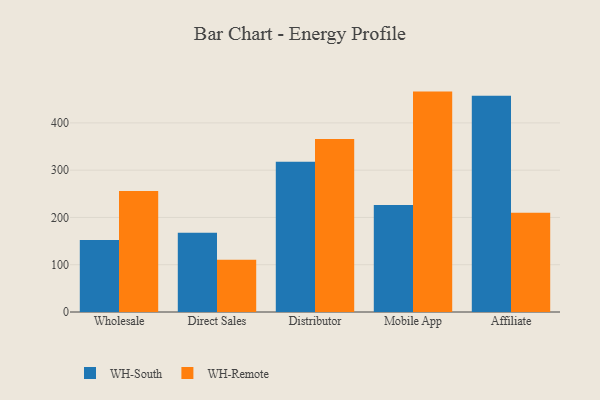
{"axis": {"x": "Channel", "y": "Tickets Resolved"}, "legend": ["WH-Remote", "WH-South"], "data": [{"x": "Wholesale", "y": 152.3, "type": "WH-South"}, {"x": "Wholesale", "y": 255.9, "type": "WH-Remote"}, {"x": "Direct Sales", "y": 167.4, "type": "WH-South"}, {"x": "Direct Sales", "y": 110.4, "type": "WH-Remote"}, {"x": "Distributor", "y": 317.7, "type": "WH-South"}, {"x": "Distributor", "y": 366.1, "type": "WH-Remote"}, {"x": "Mobile App", "y": 226.2, "type": "WH-South"}, {"x": "Mobile App", "y": 466.2, "type": "WH-Remote"}, {"x": "Affiliate", "y": 457.5, "type": "WH-South"}, {"x": "Affiliate", "y": 210.0, "type": "WH-Remote"}]}